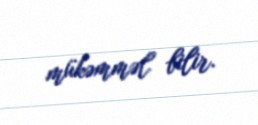
mükəmməl bilir.